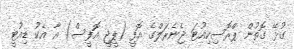
ގުޅޭ ގޮތުން ޕްރޮސިކިއުޓަ ޖެނެރަލްގެ އޮފީ (ޕީޖީ އޮފީސް) އާ އެކު ޑިއުޓީ